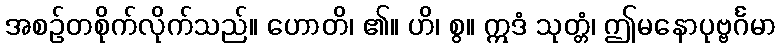
အစဉ်တစိုက်လိုက်သည်။ ဟောတိ၊ ၏။ ဟိ၊ စွ။ ဣဒံ သုတ္တံ၊ ဤမနောပုဗ္ဗင်္ဂမာ